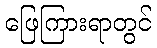
ဖြေကြားရာတွင်